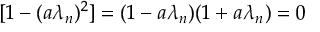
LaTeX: [ 1 - ( a \lambda _ { n } ) ^ { 2 } ] = ( 1 - a \lambda _ { n } ) ( 1 + a \lambda _ { n } ) = 0